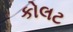
કોલટ